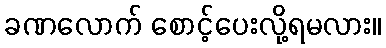
ခဏလောက် စောင့်ပေးလို့ရမလား။